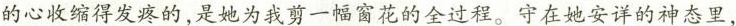
的心收缩得发疼的，是她为我剪一幅窗花的全过程。守在她安详的神态里，